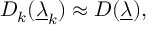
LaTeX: D _ { k } ( \underline { { \lambda } } _ { k } ) \approx D ( \underline { { \lambda } } ) ,